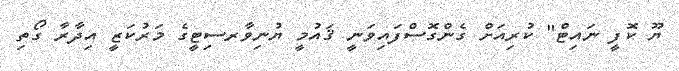
ޔޫ ކޮފީ ނައިޓް" ކުރިއަށް ގެންގޮސްފައިވަނީ ޤައުމީ ޔުނިވާރސިޓީގެ މަރުކަޒީ އިދާރާ ގޯތި